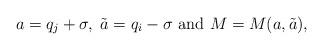
LaTeX: \begin{align*}a=q_j+\sigma,\; \tilde a=q_i-\sigma \mbox{ and } M=M(a,\tilde a),\end{align*}